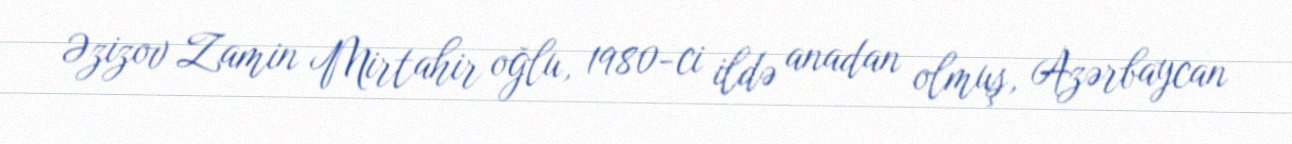
Əzizov Zamin Mirtahir oğlu, 1980-ci ildə anadan olmuş, Azərbaycan